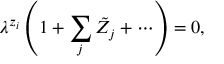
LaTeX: \lambda ^ { z _ { i } } \left( 1 + \sum _ { j } \tilde { Z } _ { j } + \cdots \right) = 0 ,